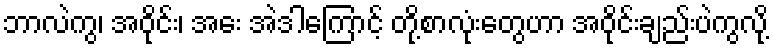
ဘာလဲကွ၊ အဝိုင်း၊ အေး အဲဒါကြောင့် တို့စာလုံးတွေဟာ အဝိုင်းချည်းပဲကွလို့